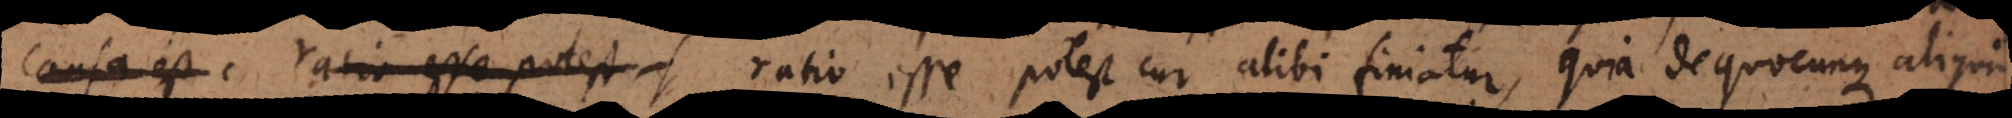
causa est ratio esse potest cur alibi finiatur, quia de quocunque aliquid